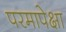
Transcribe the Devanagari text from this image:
परमापेक्षा